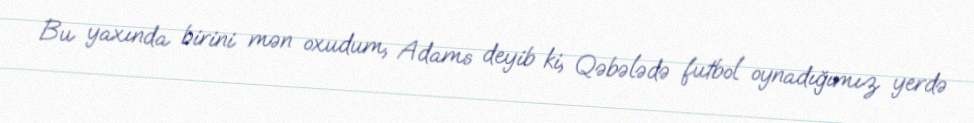
Bu yaxında birini mən oxudum, Adams deyib ki, Qəbələdə futbol oynadığımız yerdə